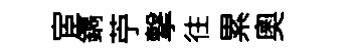
宦鐫苧撃往累奧